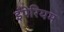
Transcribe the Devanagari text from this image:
इंपेरियम